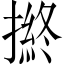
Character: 𢴋